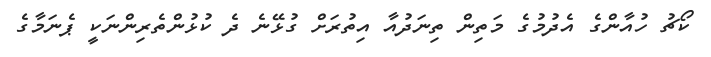
ކޯޗު ހުއާންގެ އެދުމުގެ މަތިން ތިނަދުއާ އިތުރަށް ގުޅޭނެ ދެ ކުޅުންތެރިންނަކީ ޕެނަމާގެ